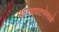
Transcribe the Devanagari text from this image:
राज्यघटनेमध्ये